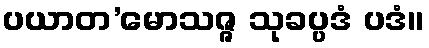
ပယာတ’မောသဇ္ဇ သုခပ္ပဒံ ပဒံ။